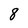
Character: 8